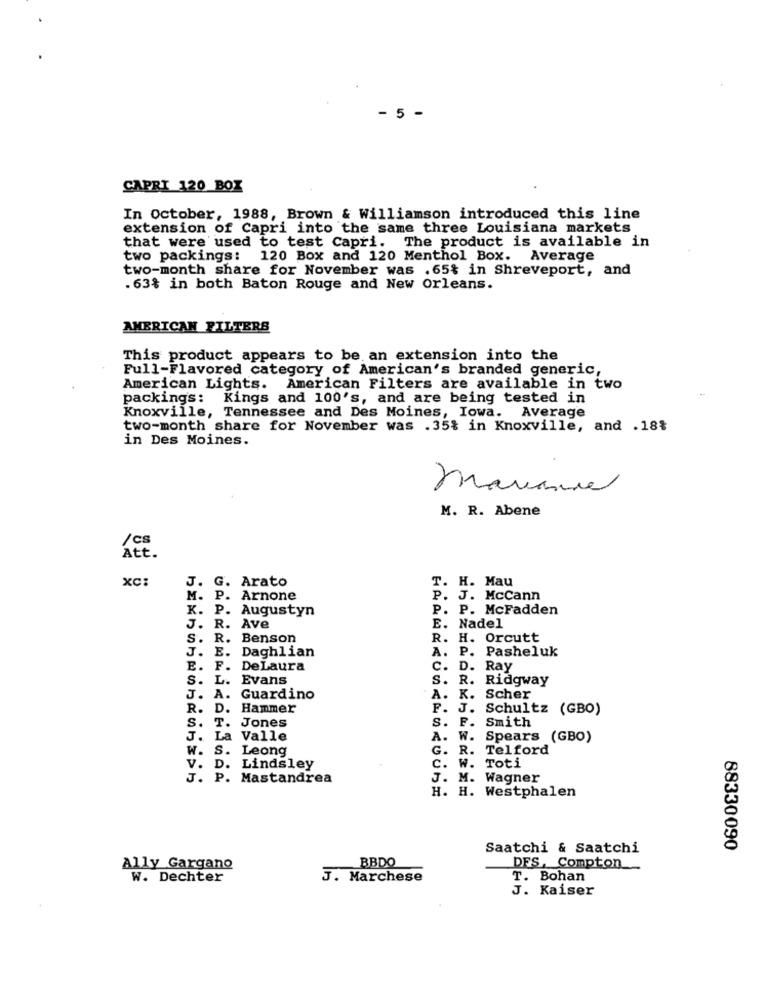
- 5 -
CAPRI 120 BOX
In October, 1988, Brown & Williamson introduced this line
extension of Capri into the same three Louisiana markets
The product is available in
that were used to test Capri.
two packings: 120 Box and 120 Menthol Box. Average
two-month share for November was .65% in Shreveport, and
.63% in both Baton Rouge and New Orleans.
AMERICAN FILTERS
This product appears to be an extension into the
Full-Flavored category of American's branded generic,
American Lights. American Filters are available in two
packing's: Kings and 100's, and are being tested in
Knoxville, Tennessee and Des Moines, Iowa. Average
two-month share for November was .35% in Knoxville, and .18%
in Des Moines.
marianne
M. R. Abene
/cs
Att.
XC:
J. G. Arato
T. H. Mau
M. P. Arnone
P. J. McCann
K. P. Augustyn
P. P. McFadden
J. R. Ave
E. Nadel
S. R. Benson
R. H. Orcutt
Daghlian
A. P.
Pasheluk
J. E.
E. F. DeLaura
C. D. Ray
S. L. Evans
S. R.
Ridgway
J. A. Guardino
A. K.
Scher
R. D. Hammer
F. J.
Schultz (GBO)
S. F.
Smith
S. T. Jones
J. La Valle
A. W. Spears (GBO)
W. S. Leong
G. R.
Telford
C. W.
V. D. Lindsley
Toti
J. P. Mastandrea
J. M. Wagner
H. H. Westphalen
Saatchi & Saatchi
88330090
BBDO
Ally Gargano
DFS, Compton
W. Dechter
J. Marchese
T. Bohan
J. Kaiser